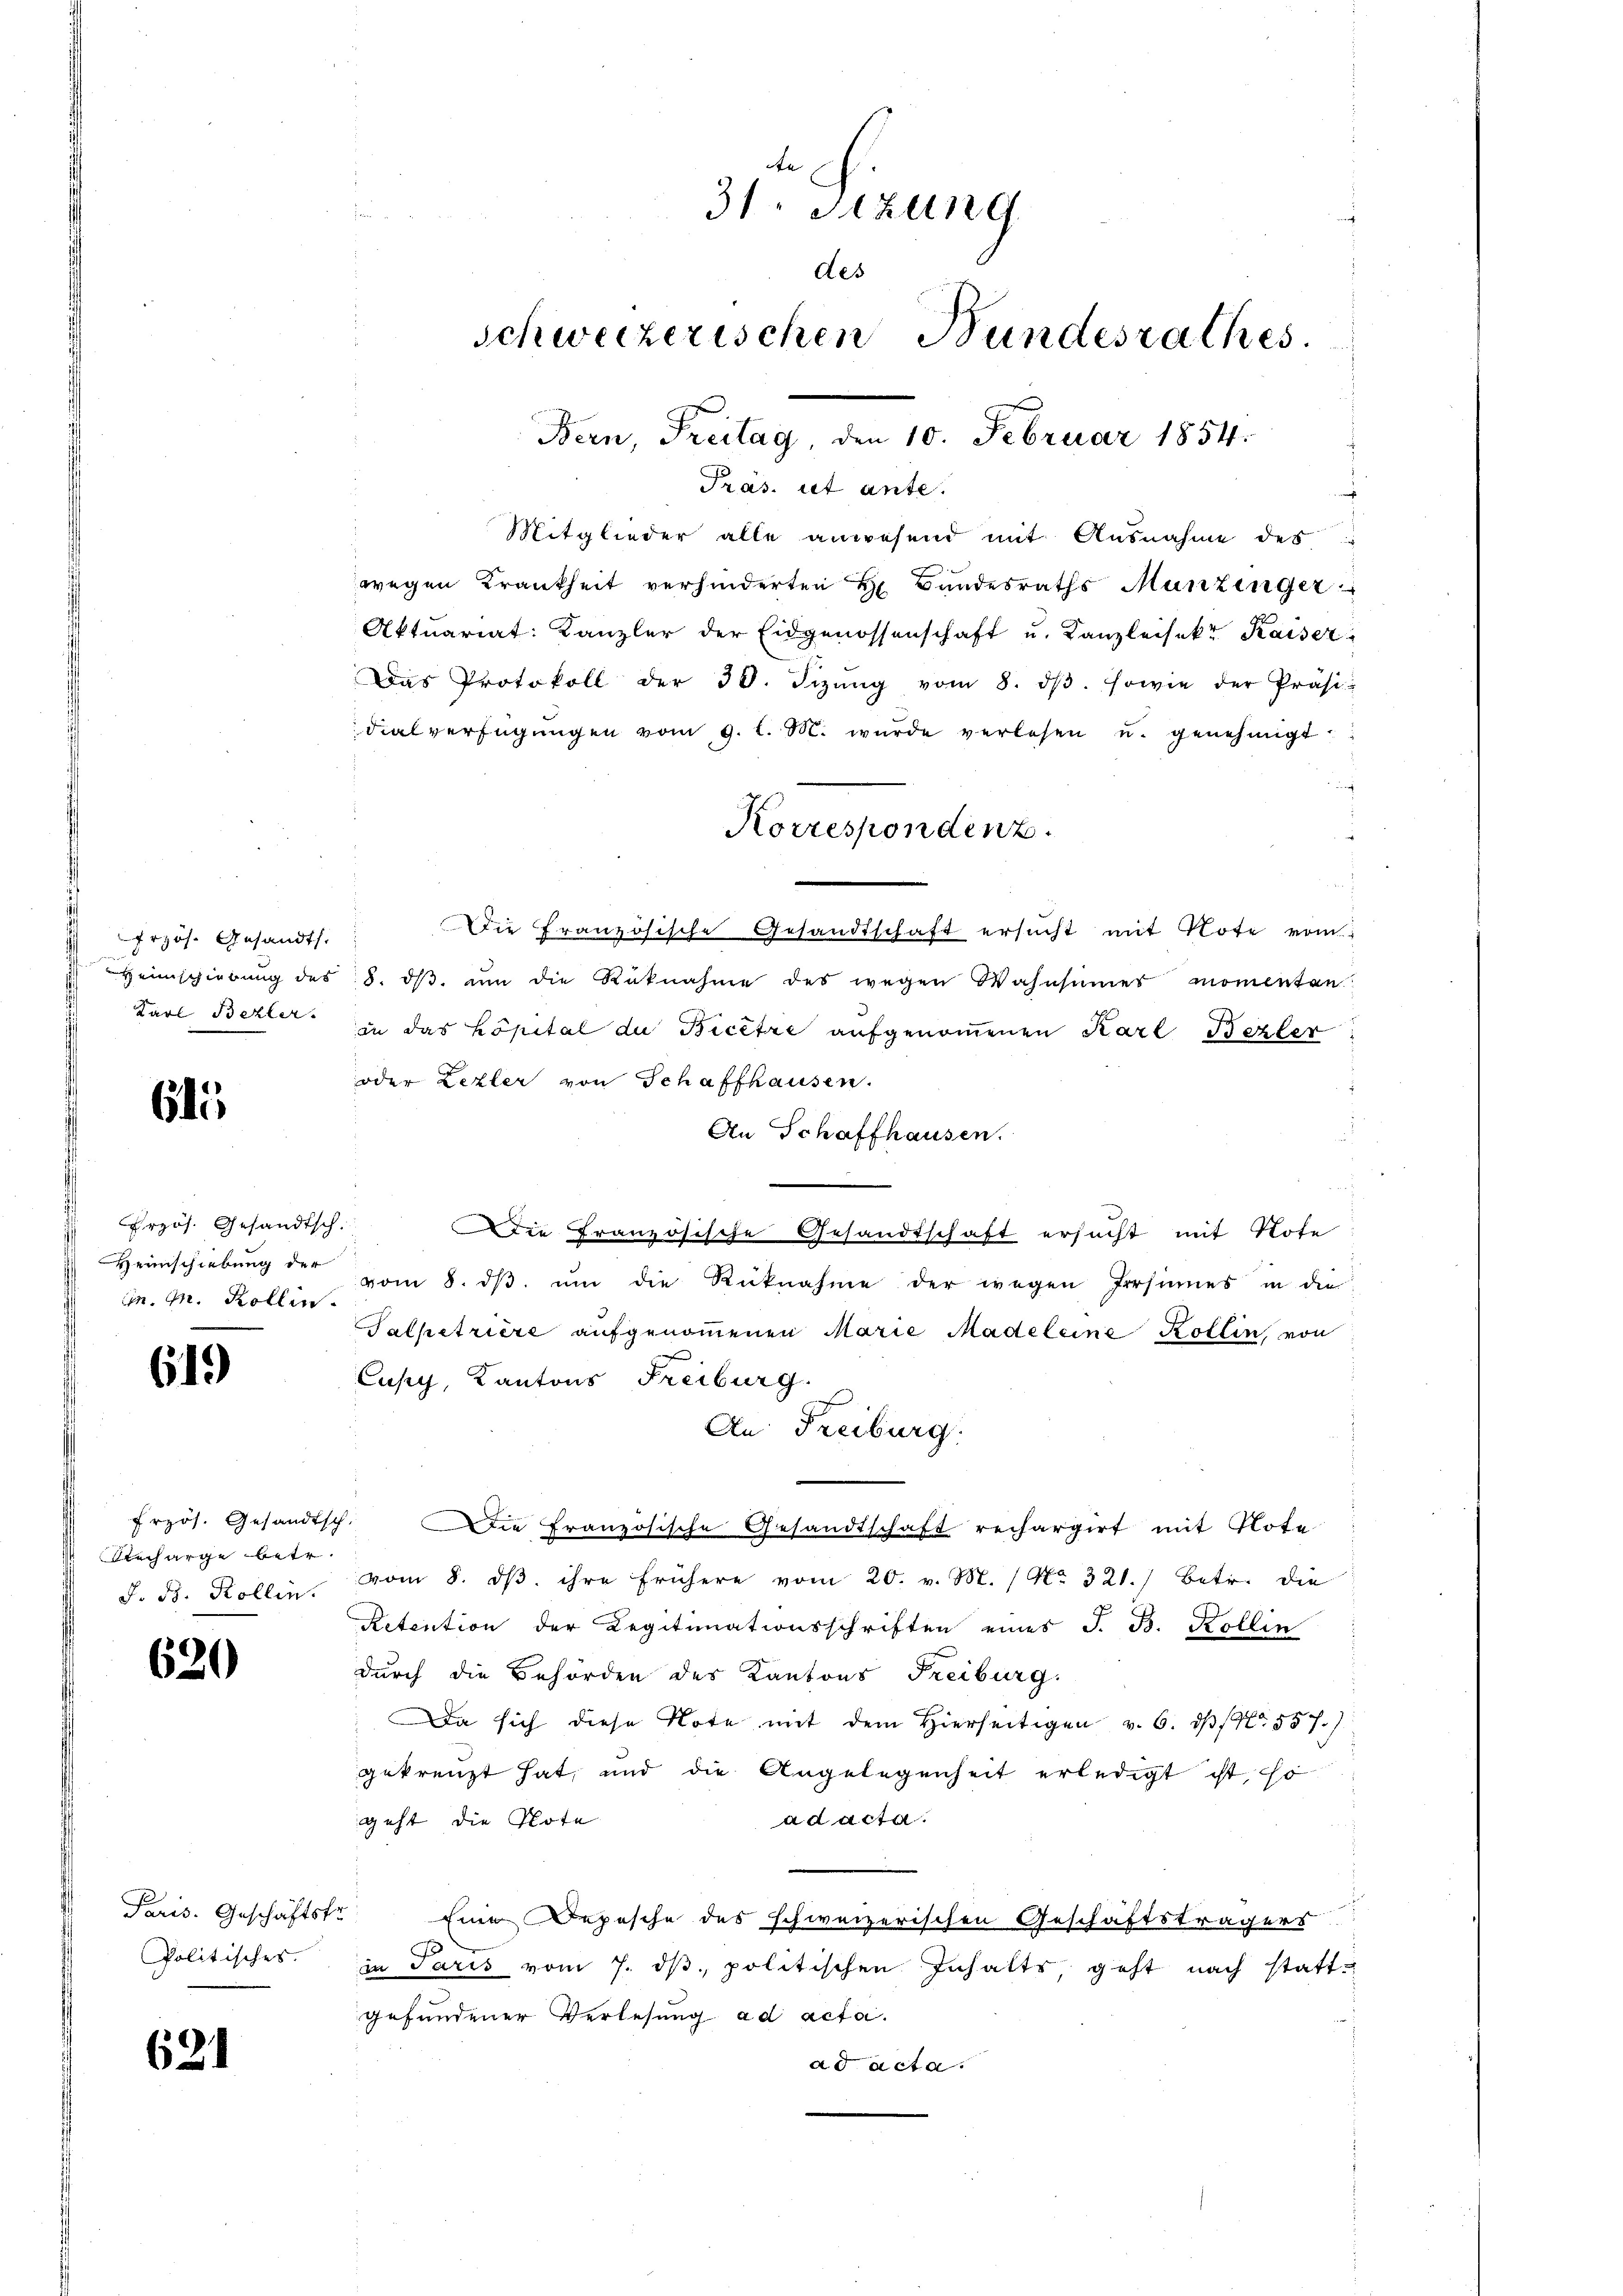
rzös. Gesandt.
Heinschiebung des
Karl Bezler.

615

Frzös. Gesandtsch.
Heimschiebung der
wn. M. Kollin

619

frzös. Gesandts
Richarge betr.
J. ds. Kollin.

620

Politisches.

621

te
31. Sizung
des
schweizerischen Bundesrathes.
Bern, Freitag, den 10. Februar 1854.

Pras. ist ante.
Mitglieder alle anwesend mit Ausnahme des
wegen Krankheit verhinderten H. Bandesraths Munzinger
Aktuariat: Kanzler der Eidgenossenschaft u. Kanzleisekt Kaiser
Das Protokoll der 38. Sizŭng vom 8. dβ. sowie der Präsi-
dialverfügŭngen vom 9. l. M. wurde verlesen u. genehmigt.
Die französische Gesandtschaft ersŭcht mit Note vom
8. dβ ŭm die Rüknahme des wegen Wahnsames momenten.
in das Köpital du Bicêtre aufgenommenen Karl Bezter
oder Lezler von Schaffhausen.
An Schaffhausen.
d
die Französische Gesandtschaft ersucht mit Note
vom 8. dβ. ŭm die Rüknahme der wegen Irrsinnes in die
Salpetriere aufgenommenen Marie Madeleine Kollin, von
Cusy, Kantons Freiburg
An Freiburg.
f. Die Französische Gesandtschaft rechargirt mit Note
vom 8. dβ. ihre frühere vom 20. v. M. / No. 321.) Betr. die
Retention der Legitimationsschriften eines J. B. Kollin
durch die Behörden des Kantons Freiburg.
Da sich diese Note mit dem Hierseitigen v. 6. dβ No. 557.)
gekreuzt hat, und die Angelegenheit erledigt ist, so
geht die Note
ad acta.
Paris. Geschäftste Eine Depesche des schweizerischen Geschäftsträgers
in Paris vom 7. dβ, politischen Inhalts geht nach stattgefundener Verlesung ad acta.
ad acta.

Korrespondenz.